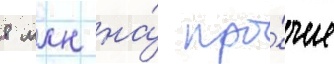
8 млн на́ про́чие